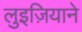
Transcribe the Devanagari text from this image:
लुइज़ियाने